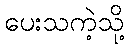
ပေးသကဲ့သို့